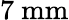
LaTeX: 7~\mathrm{mm}